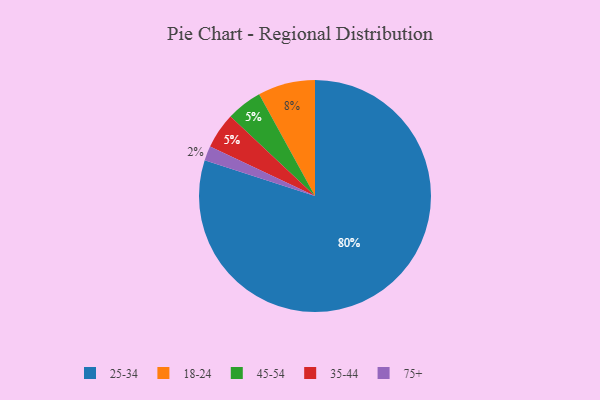
{"axis": {"x": "Category", "y": "Percentage"}, "legend": ["18-24", "25-34", "35-44", "45-54", "75+"], "data": [{"x": "75+", "y": 2, "type": "75+"}, {"x": "45-54", "y": 5, "type": "45-54"}, {"x": "18-24", "y": 8, "type": "18-24"}, {"x": "25-34", "y": 80, "type": "25-34"}, {"x": "35-44", "y": 5, "type": "35-44"}]}